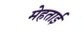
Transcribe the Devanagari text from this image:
मेहताई